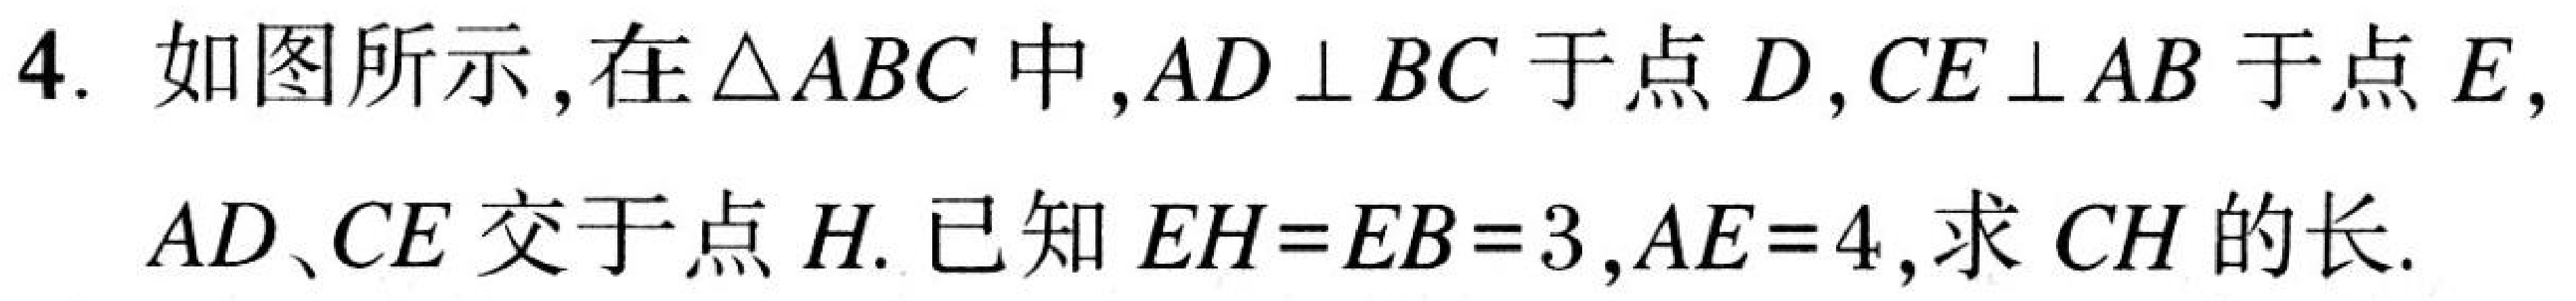
4. 如图所示，在\(\triangle ABC\)中，\(AD\perp BC\)于点\(D\)，\(CE\perp AB\)于点\(E\)，
\(AD、CE\)交于点\(H\). 已知\(EH = EB = 3\)，\(AE = 4\)，求\(CH\)的长.